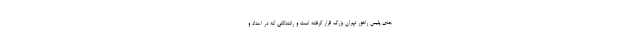
جدی پلیس راهور تهران بزرگ قرار گرفته است و رانندگانی که در اعداد و